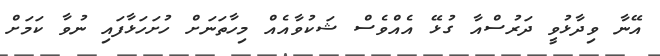
އޭނާ ވިދާޅުވީ ދަރުސްއާ ގުޅޭ އެއްވެސް ޝަކުވާއެއް މިހާތަނަށް ހުށަހަޅާފައި ނުވާ ކަމަށް